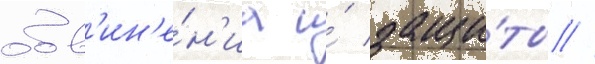
обв'ин'е́н'иа и́ защи́ты //